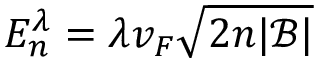
E _ { n } ^ { \lambda } = \lambda v _ { F } \sqrt { 2 n | \mathcal { B } | }